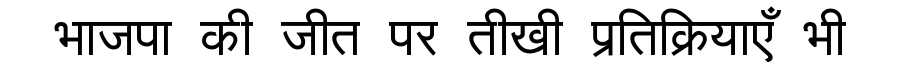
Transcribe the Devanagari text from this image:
भाजपा की जीत पर तीखी प्रतिक्रियाएँ भी